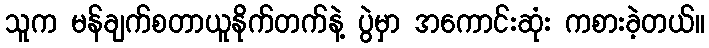
သူက မန်ချက်စတာယူနိုက်တက်နဲ့ ပွဲမှာ အကောင်းဆုံး ကစားခဲ့တယ်။